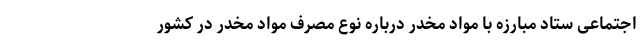
اجتماعی ستاد مبارزه با مواد مخدر درباره نوع مصرف مواد مخدر در کشور